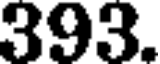
393.